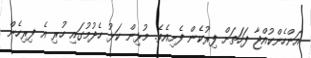
އަންހެންކުއްޖާ ފަހަތަށް ފިރުކެން ފެށިއެވެ. މުޅިން ކަޅު ހެދުމުގައި ހުރި އެ ފިރިހެން